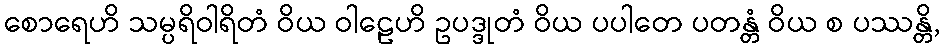
စောရေဟိ သမ္ပရိဝါရိတံ ဝိယ ဝါဠေဟိ ဥပဒ္ဒုတံ ဝိယ ပပါတေ ပတန္တံ ဝိယ စ ပဿန္တိ,